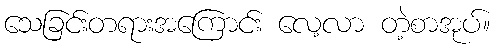
သေခြင်းတရားအကြောင်း လေ့လာ တဲ့စာအုပ်။